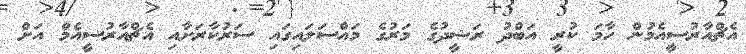
އެޗްއާރުސީއެމުން ހާމަ ކުރީ އަބްދު ރަޝީދުގެ މަރުގެ މައްސަލައިގައި ސަރުކާރަށާއި އެޗްއާރުސީއެމް އަށް